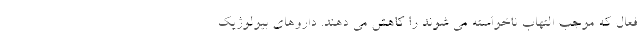
فعال که موجب التهاب ناخواسته می شوند را کاهش می دهند. داروهای بیولوژیک